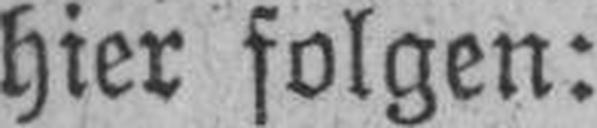
hier folgen: